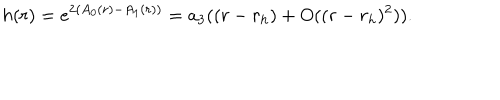
LaTeX: h ( r ) = e ^ { 2 ( A _ { 0 } ( r ) - A _ { 1 } ( r ) ) } = a _ { 3 } ( ( r - r _ { h } ) + O ( ( r - r _ { h } ) ^ { 2 } ) ) .